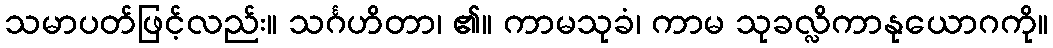
သမာပတ်ဖြင့်လည်း။ သင်္ဂဟိတာ၊ ၏။ ကာမသုခံ၊ ကာမ သုခလ္လိကာနုယောဂကို။